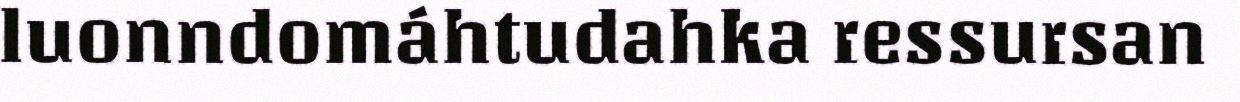
luonndomáhtudahka ressursan